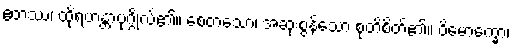
ဧတဿ၊ ထိုရဟန္တာပုဂ္ဂိုလ်၏။ စေတသော၊ အဆုံးစွန်သော စုတိစိတ်၏။ ဝိမောက္ခော၊